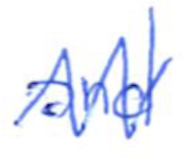
Text: and
Cross-out: zig-zag
Writing tool: ballpoint